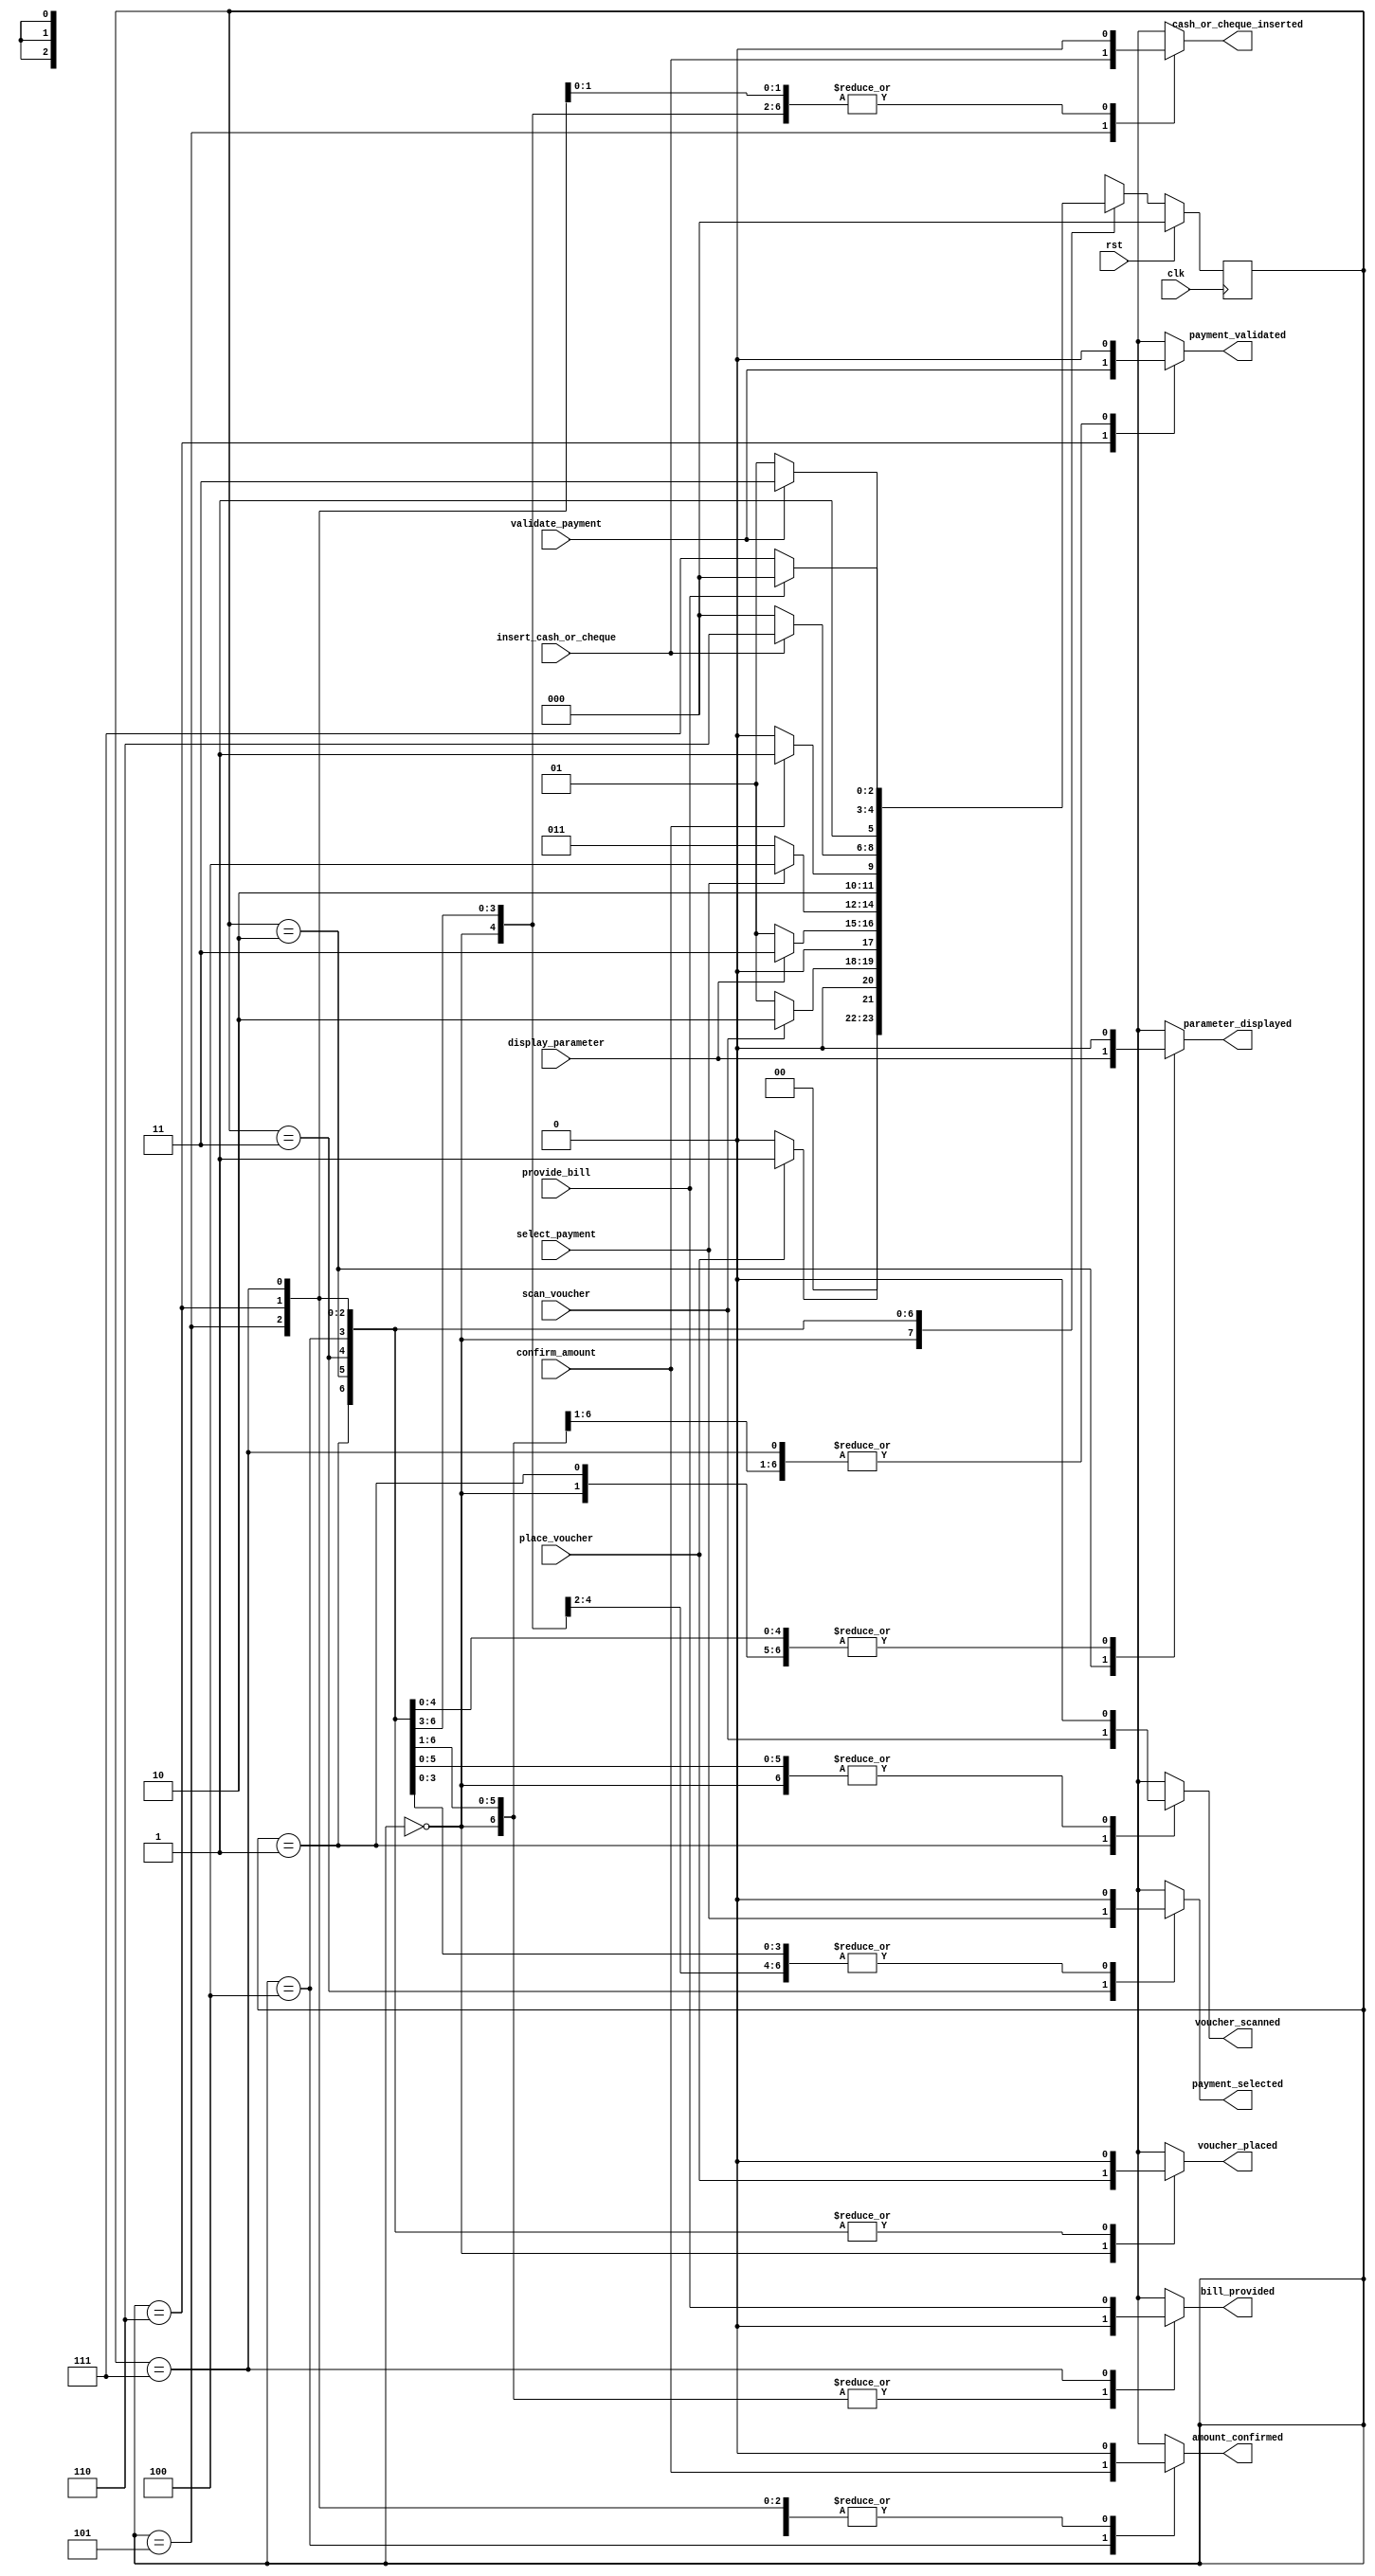
module atpfinalcode(
  input wire clk,
  input wire rst,
  input wire place_voucher,
  input wire scan_voucher,
  input wire display_parameter,
  input wire select_payment,
  input wire confirm_amount,
  input wire insert_cash_or_cheque,
  input wire validate_payment,
  input wire provide_bill,
  
  output reg voucher_placed,
  output reg voucher_scanned,
  output reg parameter_displayed,
  output reg payment_selected,
  output reg amount_confirmed ,
  output reg cash_or_cheque_inserted,
  output reg payment_validated,
  output reg bill_provided 

);

  //  the states
  parameter START = 3'b000;
  parameter VOUCHER_SCAN = 3'b001;
  parameter DISPLAY = 3'b010;
  parameter PAYMENT_SELECTION =3'b011;
  parameter AMOUNT_CONFIRMATION= 3'b100;
  parameter INSERTION= 3'b101;
  parameter PAYMENT_VALIDATION= 3'b110;
  parameter ACKNOWLEDGEMENT= 3'b111;

 //  the current state and next state register
  reg [2:0] current_state;
  reg [2:0] next_state;
  
  //always block to update state
  always @(posedge clk)
  begin
  if(rst)
  current_state<=START;
  else
  current_state<=next_state;
  end

  //always block to compute the outputs based on the current state and inputs
  always@(current_state,place_voucher,scan_voucher,display_parameter,select_payment,confirm_amount,insert_cash_or_cheque,validate_payment,provide_bill)
    begin
	 case (current_state)

START:
	 if(place_voucher) 
	 next_state<=VOUCHER_SCAN;
	 else
	 next_state<=START;
VOUCHER_SCAN:
	 if(scan_voucher) 
	 next_state<=DISPLAY;
	 else
	 next_state<=VOUCHER_SCAN;

DISPLAY:
	 if(display_parameter) 
	 next_state<=PAYMENT_SELECTION;
	 else
	 next_state<=VOUCHER_SCAN;

PAYMENT_SELECTION:
	 if(select_payment) 
	 next_state<=AMOUNT_CONFIRMATION;
	 else
	 next_state<=PAYMENT_SELECTION;

AMOUNT_CONFIRMATION:
	 if(confirm_amount) 
	 next_state<=INSERTION;
	 else
	 next_state<=AMOUNT_CONFIRMATION;

INSERTION:
	 if(insert_cash_or_cheque) 
	 next_state<=PAYMENT_VALIDATION;
	 else
	 next_state<=START;

PAYMENT_VALIDATION:
	 if(validate_payment) 
	 next_state<= ACKNOWLEDGEMENT;
	 else
	 next_state<=INSERTION;

ACKNOWLEDGEMENT:
	 if(provide_bill) 
	 next_state<=START;
	 else
	 next_state<= ACKNOWLEDGEMENT;

default:next_state<=START;
	 endcase
	 end
always @(current_state, place_voucher, scan_voucher, display_parameter, select_payment, confirm_amount, insert_cash_or_cheque, validate_payment, provide_bill)
begin
  case (current_state)
    START:
      begin
        voucher_placed = place_voucher;
        voucher_scanned = 0;
        parameter_displayed = 0;
        payment_selected = 0;
        amount_confirmed = 0;
        cash_or_cheque_inserted = 0;
        payment_validated = 0;
        bill_provided = 0;
      end

    VOUCHER_SCAN:
      begin
        voucher_placed = 0;
        voucher_scanned = scan_voucher;
        parameter_displayed = 0;
        payment_selected = 0;
        amount_confirmed = 0;
        cash_or_cheque_inserted = 0;
        payment_validated = 0;
        bill_provided = 0;
      end

    DISPLAY:
      begin
        voucher_placed = 0;
        voucher_scanned = 0;
        parameter_displayed = display_parameter;
        payment_selected = 0;
        amount_confirmed = 0;
        cash_or_cheque_inserted = 0;
        payment_validated = 0;
        bill_provided = 0;
      end

    PAYMENT_SELECTION:
      begin
        voucher_placed = 0;
        voucher_scanned = 0;
        parameter_displayed = 0;
        payment_selected = select_payment;
        amount_confirmed = 0;
        cash_or_cheque_inserted = 0;
        payment_validated = 0;
        bill_provided = 0;
      end

    AMOUNT_CONFIRMATION:
      begin
        voucher_placed = 0;
        voucher_scanned = 0;
        parameter_displayed = 0;
        payment_selected = 0;
        amount_confirmed = confirm_amount;
        cash_or_cheque_inserted = 0;
        payment_validated = 0;
        bill_provided = 0;
      end

    INSERTION:
      begin
        voucher_placed = 0;
        voucher_scanned = 0;
        parameter_displayed = 0;
        payment_selected = 0;
        amount_confirmed = 0;
        cash_or_cheque_inserted = insert_cash_or_cheque;
        payment_validated = 0;
        bill_provided = 0;
      end

    PAYMENT_VALIDATION:
      begin
        voucher_placed = 0;
        voucher_scanned = 0;
        parameter_displayed = 0;
        payment_selected = 0;
        amount_confirmed = 0;
        cash_or_cheque_inserted = 0;
        payment_validated = validate_payment;
        bill_provided = 0;
      end

    ACKNOWLEDGEMENT:
      begin
        voucher_placed = 0;
        voucher_scanned = 0;
        parameter_displayed = 0;
        payment_selected = 0;
        amount_confirmed = 0;
        cash_or_cheque_inserted = 0;
        payment_validated = 0;
        bill_provided = provide_bill;
      end

    default:
      begin
        voucher_placed = 0;
        voucher_scanned = 0;
        parameter_displayed = 0;
        payment_selected = 0;
        amount_confirmed = 0;
        cash_or_cheque_inserted = 0;
        payment_validated = 0;
        bill_provided = 0;
      end
  endcase
end
endmodule